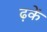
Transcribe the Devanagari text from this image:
ढ़कें